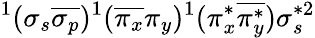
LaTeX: ^1(\sigma_{s}\overline{{\sigma_{p}}})^{1}(\overline{{\pi_{x}}}\pi_{y})^{1}(\pi_{x}^{*}\overline{{\pi_{y}^{*}}})\sigma_{s}^{*2}